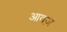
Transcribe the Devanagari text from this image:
आवज़